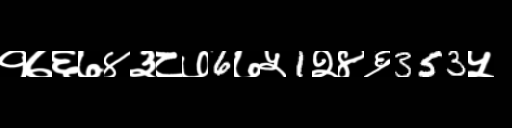
Text: १७६७४३८७6७५1२४६353५